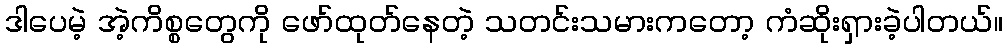
ဒါပေမဲ့ အဲ့ကိစ္စတွေကို ဖော်ထုတ်နေတဲ့ သတင်းသမားကတော့ ကံဆိုးရှားခဲ့ပါတယ်။